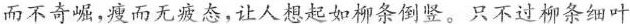
而不奇崛，瘦而无疲态，让人想起如柳条倒竖。只不过柳条细叶